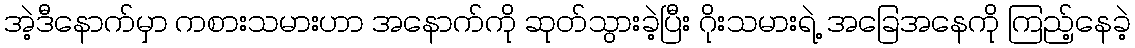
အဲ့ဒီနောက်မှာ ကစားသမားဟာ အနောက်ကို ဆုတ်သွားခဲ့ပြီး ဂိုးသမားရဲ့ အခြေအနေကို ကြည့်နေခဲ့